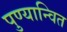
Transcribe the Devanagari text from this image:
पुण्यान्वित